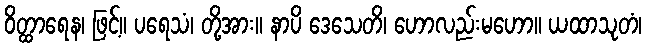
ဝိတ္ထာရေန၊ ဖြင့်။ ပရေသံ၊ တို့အား။ နာပိ ဒေသေတိ၊ ဟောလည်းမဟော။ ယထာသုတံ၊